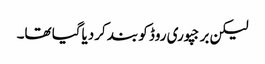
لیکن برجپوری روڈ کو بند کردیاگیا تھا۔